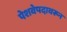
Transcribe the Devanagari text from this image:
पेशवेपदावरून